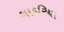
ગાડરિયા